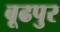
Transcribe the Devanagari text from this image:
बूढपुर